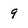
Character: 9